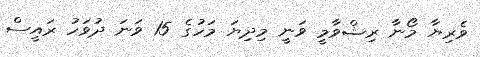
ވެރިޔާ މޯނާ ރިޝްވާމީ ވަނީ މިދިޔަ މަހުގެ 15 ވަނަ ދުވަހު ރައީސް